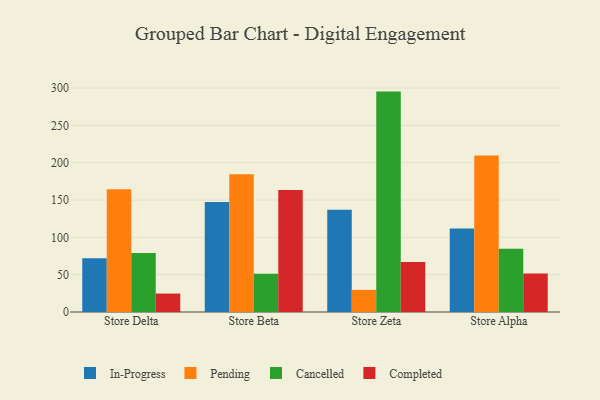
{"axis": {"x": "Store", "y": "Energy Usage (MWh)"}, "legend": ["Cancelled", "Completed", "In-Progress", "Pending"], "data": [{"x": "Store Delta", "y": 72.1, "type": "In-Progress"}, {"x": "Store Delta", "y": 164.6, "type": "Pending"}, {"x": "Store Delta", "y": 79.2, "type": "Cancelled"}, {"x": "Store Delta", "y": 24.7, "type": "Completed"}, {"x": "Store Beta", "y": 147.4, "type": "In-Progress"}, {"x": "Store Beta", "y": 184.7, "type": "Pending"}, {"x": "Store Beta", "y": 51.4, "type": "Cancelled"}, {"x": "Store Beta", "y": 163.5, "type": "Completed"}, {"x": "Store Zeta", "y": 136.9, "type": "In-Progress"}, {"x": "Store Zeta", "y": 29.6, "type": "Pending"}, {"x": "Store Zeta", "y": 295.3, "type": "Cancelled"}, {"x": "Store Zeta", "y": 66.9, "type": "Completed"}, {"x": "Store Alpha", "y": 111.8, "type": "In-Progress"}, {"x": "Store Alpha", "y": 209.6, "type": "Pending"}, {"x": "Store Alpha", "y": 84.8, "type": "Cancelled"}, {"x": "Store Alpha", "y": 51.5, "type": "Completed"}]}